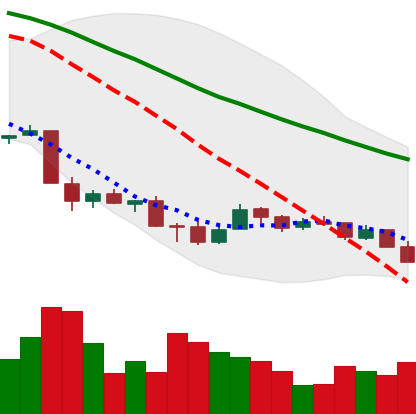
Ticker: XMR-USD
Chart end date: 2018-12-06
Forward return: -8.161%
Label: down_7plus